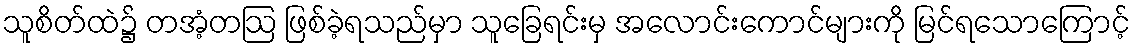
သူစိတ်ထဲ၌ တအံ့တဩ ဖြစ်ခဲ့ရသည်မှာ သူခြေရင်းမှ အလောင်းကောင်များကို မြင်ရသောကြောင့်